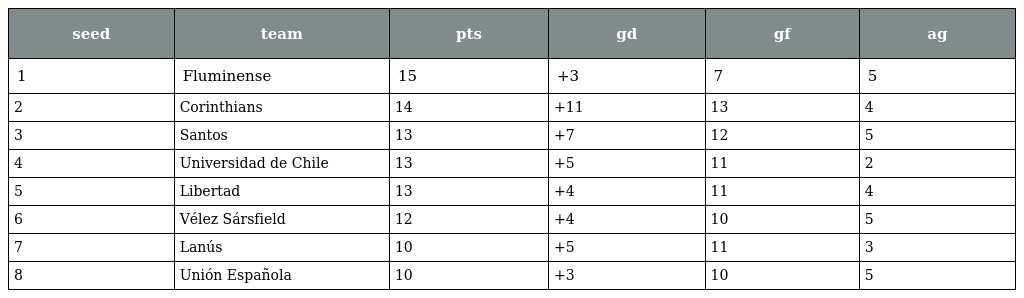
| seed | team | pts | gd | gf | ag |
 | --- | --- | --- | --- | --- | --- |
 | 1 | Fluminense | 15 | +3 | 7 | 5 |
 | 2 | Corinthians | 14 | +11 | 13 | 4 |
 | 3 | Santos | 13 | +7 | 12 | 5 |
 | 4 | Universidad de Chile | 13 | +5 | 11 | 2 |
 | 5 | Libertad | 13 | +4 | 11 | 4 |
 | 6 | Vélez Sársfield | 12 | +4 | 10 | 5 |
 | 7 | Lanús | 10 | +5 | 11 | 3 |
 | 8 | Unión Española | 10 | +3 | 10 | 5 |